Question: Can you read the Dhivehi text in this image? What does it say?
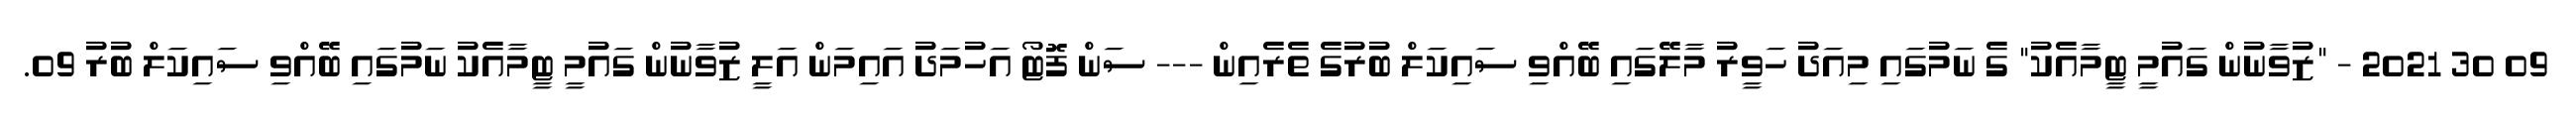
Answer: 09 30 2021 - "ޒުވާނުން ގައުމީ ޓީމާއެކު" ގެ ނަމުގައި މިއަދު ހަވީރު މާލޭގައި ބޭއްވި ސައިކަލް ބުރުގެ ތެރެއިން --- ސަން ފޮޓޯ އަހުމަދު އައިމަން އަލީ ޒުވާނުން ގައުމީ ޓީމާއެކު ނަމުގައި ބޭއްވި ސައިކަލް ބުރު 09.